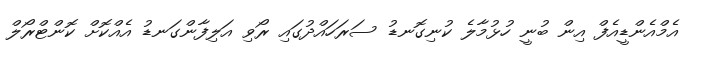
އެމްއެންޑީއެފް އިން ބުނީ ހުޅުމާލެ ކުނިގޮނޑު ސަރަހައްދުގައި ރޯވި އަލިފާންގަނޑު އެއްކޮށް ކޮންޓްރޯލް